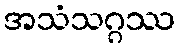
အသံသဂ္ဂဿ